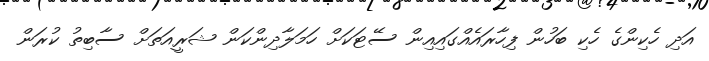
އަދި ހެކިންގެ ހެކި ބަހުން ފިހާރައެއްގައިއިން ސޭޓަކަށް ހަމަލާދިންކަން ޝަރީއަތަށް ސާބިތު ކުރަން